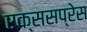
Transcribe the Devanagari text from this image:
एक्ससप्रेस